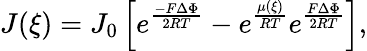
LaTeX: J(\xi)=J_{0}\left[e^{\frac{-F\Delta\Phi}{2RT}}-e^{\frac{\mu(\xi)}{RT}}e^{\frac{F\Delta\Phi}{2RT}}\right],